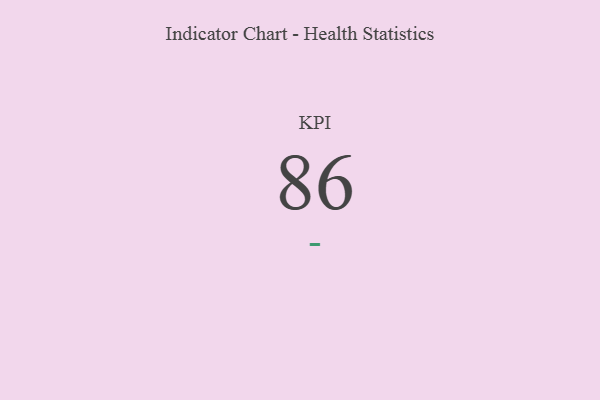
{"axis": {"x": "KPI", "y": "Value"}, "legend": [""], "data": [{"x": "KPI", "y": 86, "type": ""}]}